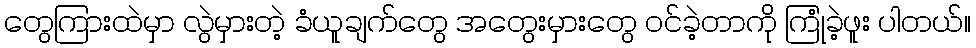
တွေကြားထဲမှာ လွဲမှားတဲ့ ခံယူချက်တွေ အတွေးမှားတွေ ဝင်ခဲ့တာကို ကြုံခဲ့ဖူး ပါတယ်။